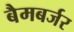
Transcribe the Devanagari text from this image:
बैमबर्जर